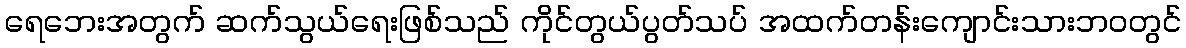
ရေဘေးအတွက် ဆက်သွယ်ရေးဖြစ်သည် ကိုင်တွယ်ပွတ်သပ် အထက်တန်းကျောင်းသားဘဝတွင်